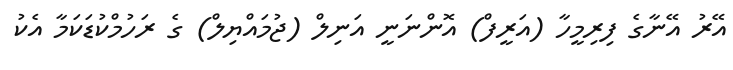
އޭރު އޭނާގެ ފިރިމީހާ (އަރީފް) އޮންނަނީ އަނިލް (ޖުމައްޔިލް) ގެ ރަހުމްކުޑަކަމާ އެކު